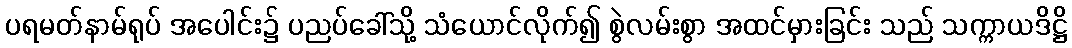
ပရမတ်နာမ်ရုပ် အပေါင်း၌ ပညပ်ခေါ်သို့ သံယောင်လိုက်၍ စွဲလမ်းစွာ အထင်မှားခြင်း သည် သက္ကာယဒိဋ္ဌိ